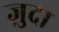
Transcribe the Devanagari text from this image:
ज़ुदा